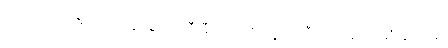
လေ့ကျင့်ရေးမပြုလုပ်နိုင်ခဲ့ဘဲ ပရီးမီးယားလိဂ်ရဲ့ ရာသီပိတ်နောက်ဆုံးပွဲစဉ်မှာ